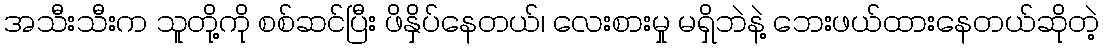
အသီးသီးက သူတို့ကို စစ်ဆင်ပြီး ဖိနှိပ်နေတယ်၊ လေးစားမှု မရှိဘဲနဲ့ ဘေးဖယ်ထားနေတယ်ဆိုတဲ့